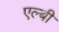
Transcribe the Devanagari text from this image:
एल्बी